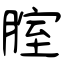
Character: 腟